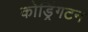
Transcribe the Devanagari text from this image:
कोड्रिंगटन